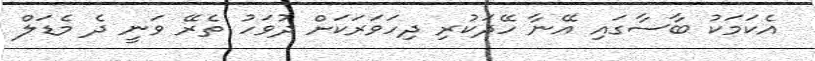
އެކަމަކު ބާސާގައި އޭނާ ހޭދަކުރި ދިހަވަރަކަށް ދުވަހު ތެރޭ ވަނީ ދެ މެޑަލް